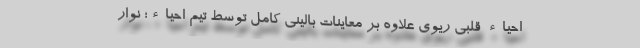
احیاء قلبی ریوی علاوه بر معاینات بالینی کامل توسط تیم احیاء؛ نوار